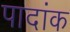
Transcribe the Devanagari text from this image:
पादांक